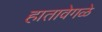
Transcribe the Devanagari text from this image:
हातावेगळे